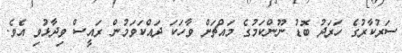
ސަރުކާރުގެ ހަރަދު ބޮޑު ނޫންކަމުގެ މައްޗަށް ވާހަކަ ދައްކަވަމުން ރައީސް ވިދާޅުވި އެވެ.